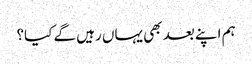
ہم اپنے بعد بھی یہاں رہیں گے کیا؟